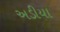
અડીયા